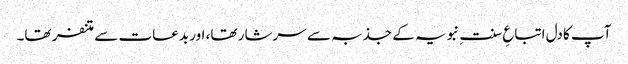
آپ کا دل اتباعِ سنتِ نبویہ کے جذبہ سے سرشار تھا، اور بدعات سے متنفر تھا۔